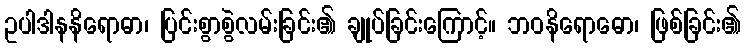
ဥပါဒါနနိရောဓာ၊ ပြင်းစွာစွဲလမ်းခြင်း၏ ချုပ်ခြင်းကြောင့်။ ဘဝနိရောဓော၊ ဖြစ်ခြင်း၏